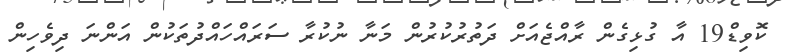
ކޮވިޑް19 އާ ގުޅިގެން ރާއްޖެއަށް ދަތުރުކުރުން މަނާ ނުކުރާ ސަރައްހައްދުތަކުން އަންނަ ދިވެހިން